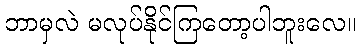
ဘာမှလဲ မလုပ်နိုင်ကြတော့ပါဘူးလေ။